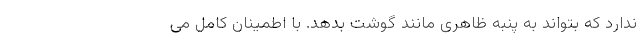
ندارد که بتواند به پنبه ظاهری مانند گوشت بدهد. با اطمینان کامل می